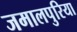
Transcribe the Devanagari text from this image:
जमालपुरिया